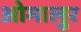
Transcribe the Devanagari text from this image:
ओमालुर